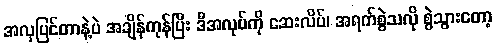
အလှပြင်တာနဲ့ပဲ အချိန်ကုန်ပြီး ဒီအလုပ်ကို ဆေးလိပ်၊ အရက်စွဲသလို စွဲသွားတော့